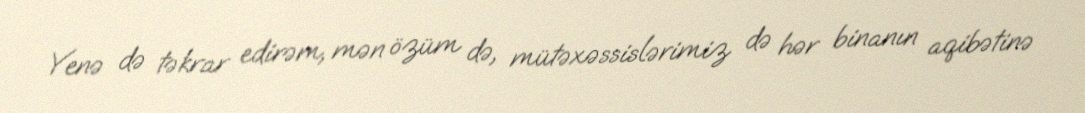
Yenə də təkrar edirəm, mən özüm də, mütəxəssislərimiz də hər binanın aqibətinə